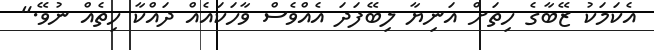
އެކަމަކު ޒޭބާގެ ހިތަށް އަނިޔާ ލިބޭފަދަ އެއްވެސް ވާހަކައެއް ދައްކާ ހިތެއް ނުވޭ."